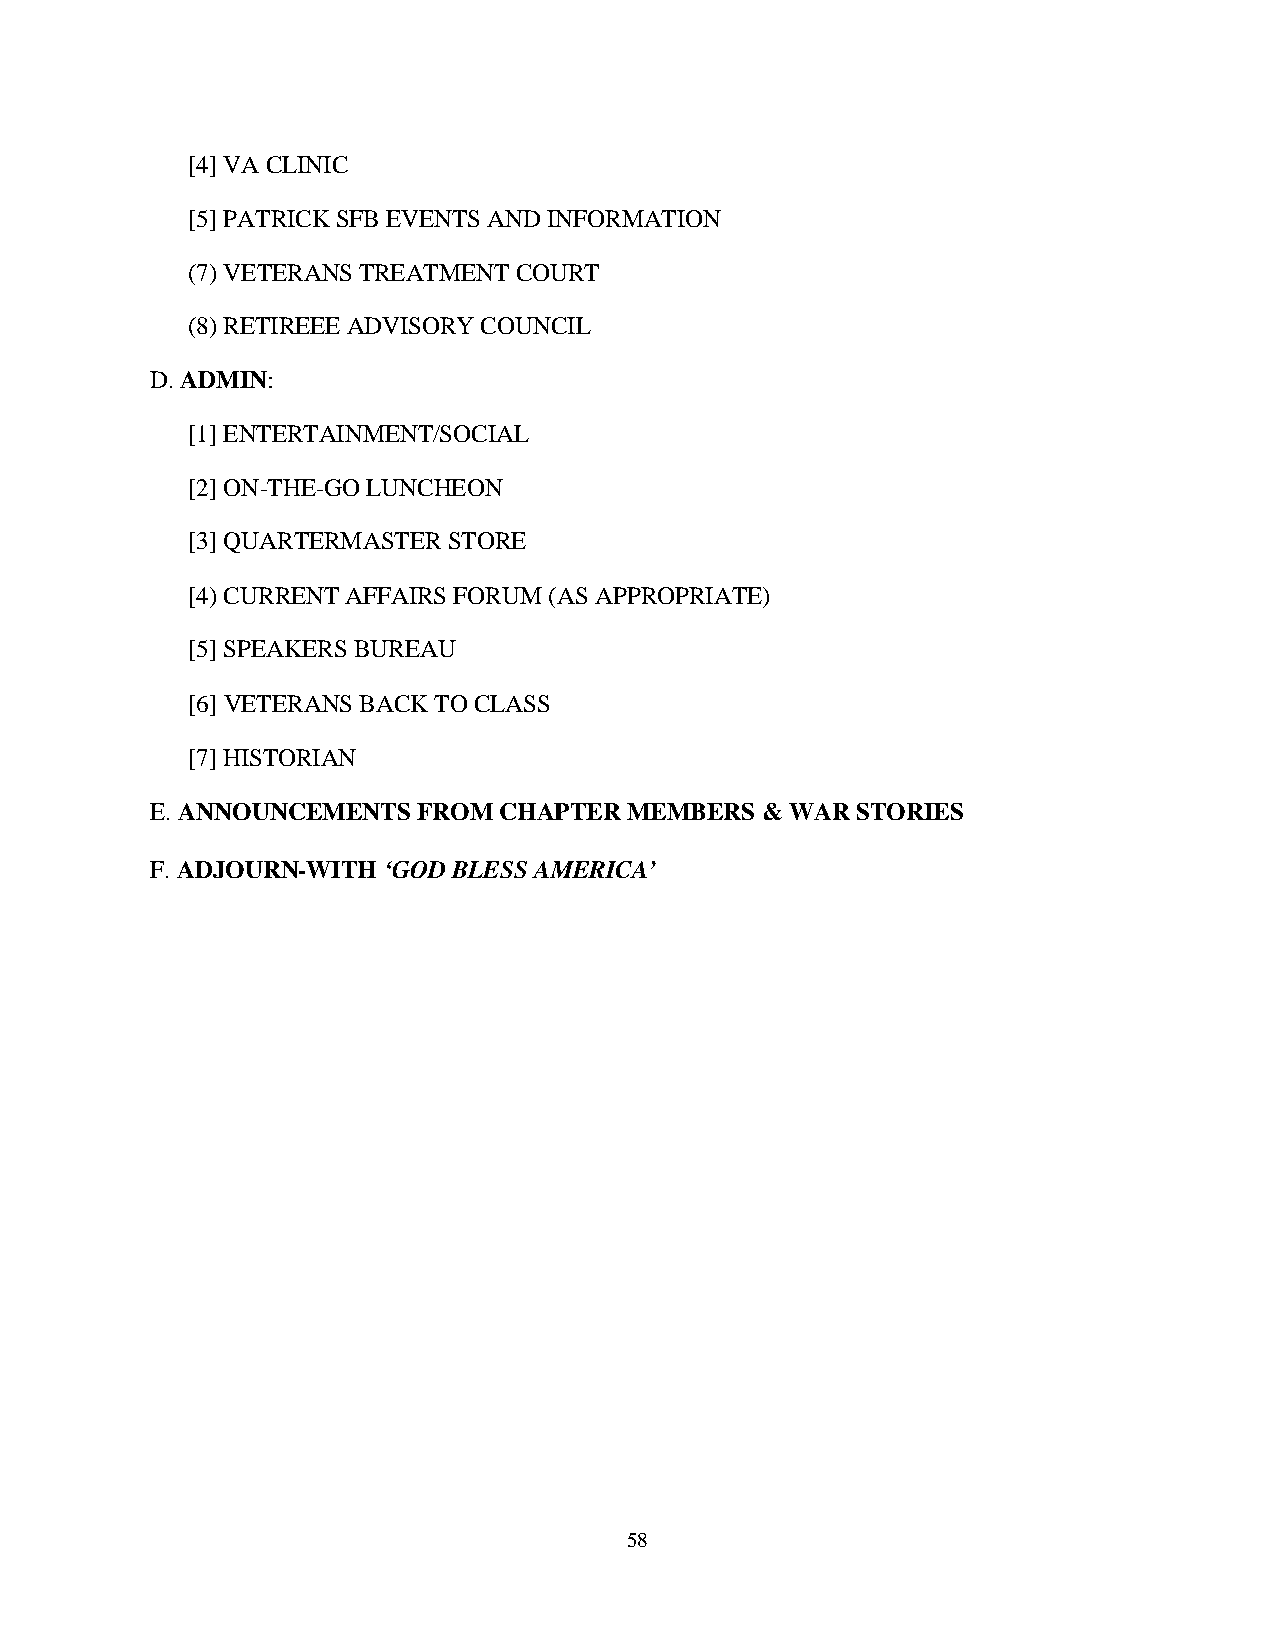
[4] VA CLINIC
 [5] PATRICK SFB EVENTS AND INFORMATION
 (7) VETERANS TREATMENT COURT
 (8) RETIREEE ADVISORY COUNCIL
 D. ADMIN:
 [1] ENTERTAINMENT/SOCIAL
 [2] ON-THE-GO LUNCHEON
 [3] QUARTERMASTER STORE
 [4) CURRENT AFFAIRS FORUM (AS APPROPRIATE)
 [5] SPEAKERS BUREAU
 [6] VETERANS BACK TO CLASS
 [7] HISTORIAN
 E. ANNOUNCEMENTS  FROM CHAPTER MEMBERS  & WAR  STORIES
 F. ADJOURN-WITH ‘GOD BLESS AMERICA’
 58